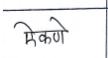
मजकूर: ऐकणे